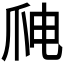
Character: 𱬸